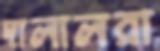
দালালরা